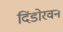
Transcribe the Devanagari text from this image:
दिंडोरवन